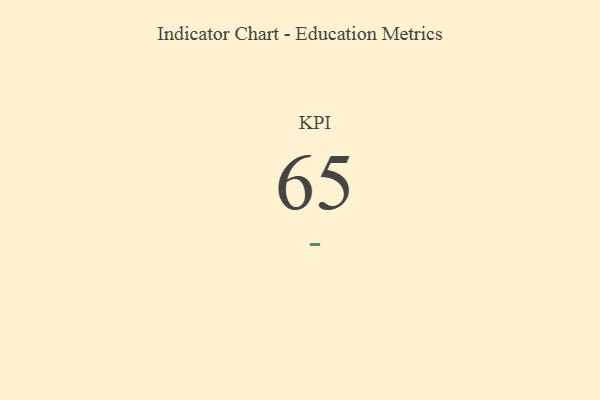
{"axis": {"x": "KPI", "y": "Value"}, "legend": [""], "data": [{"x": "KPI", "y": 65, "type": ""}]}